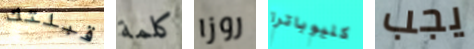
قبلتك كلمة روزا كليوباترا يجب